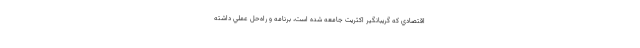
اقتصادي كه گريبانگير اكثريت جامعه شده است، برنامه و راه‌حل عملي داشته